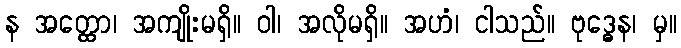
န အတ္ထော၊ အကျိုးမရှိ။ ဝါ၊ အလိုမရှိ။ အဟံ၊ ငါသည်။ ဗုဒ္ဓေန၊ မှ။